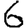
Digit: 6